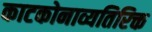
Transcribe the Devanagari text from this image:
काटकोनाव्यतिरिक्त